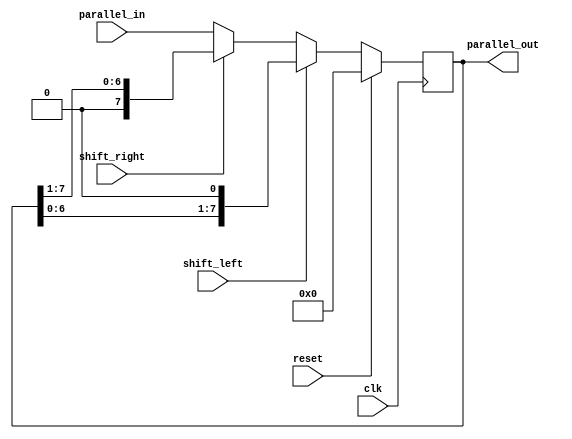
`timescale 1ns / 1ps

module universal_shift_register (
    input clk, reset, shift_left, shift_right,
    input [7:0] parallel_in,
    output [7:0] parallel_out
    );

    reg [7:0] reg_data;

    always @(posedge clk) 
     begin
        if (reset)
            reg_data <= 8'b0;

        else if (shift_left)
            reg_data <= {reg_data[6:0], 1'b0};

        else if (shift_right)
            reg_data <= {1'b0, reg_data[7:1]};

        else
            reg_data <= parallel_in;
     end

    assign parallel_out = reg_data;

endmodule